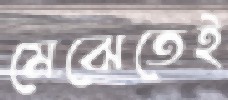
মেঝেতেই